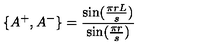
\{ A ^ { + } , A ^ { - } \} = \frac { \sin ( \frac { \pi r L } { s } ) } { \sin ( \frac { \pi r } { s } ) }